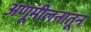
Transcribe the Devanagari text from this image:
अणूमीलनातून